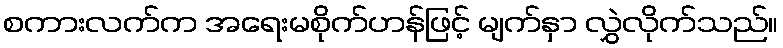
စကားလက်က အရေးမစိုက်ဟန်ဖြင့် မျက်နှာ လွှဲလိုက်သည်။